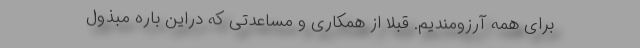
برای همه آرزومندیم. قبلا از همکاری و مساعدتی که دراین باره مبذول